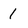
Character: 1